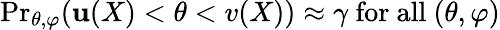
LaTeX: {\operatorname*{Pr}}_{\theta,\varphi}(\mathbf{u}(X)<\theta<v(X))\approx\gamma{\mathrm{{~for~all~}}}(\theta,\varphi)